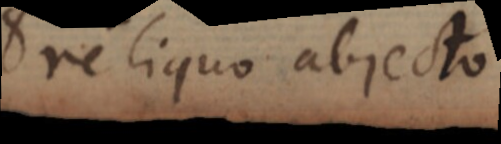
reliquo abjecto